Indian journal of veterinary science and animal husbandry - Volume 10,
Year: 1940
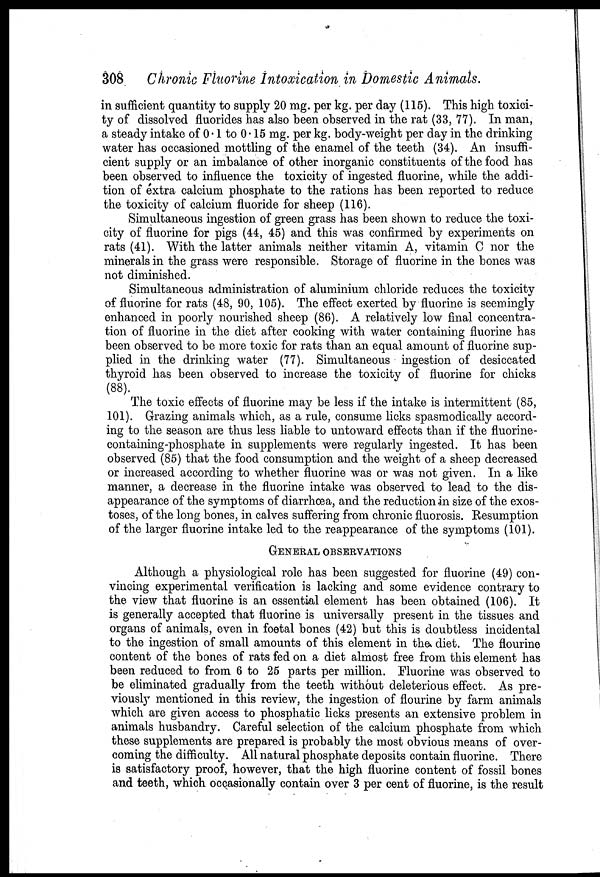
308 Chronic Fluorine Intoxication in Domestic Animals.
in sufficient quantity to supply 20 mg. per kg. per day (115). This high toxici-
ty of dissolved fluorides has also been observed in the rat (33, 77). In man,
a steady intake of 01 to 0.15 mg. per kg. body-weight per day in the drinking
water has occasioned mottling of the enamel of the teeth (34). An insuffi-
cient supply or an imbalance of other inorganic constituents of the food has
been observed to influence the toxicity of ingested fluorine, while the addi-
tion of extra calcium phosphate to the rations has been reported to reduce
the toxicity of calcium fluoride for sheep (116).
Simultaneous ingestion of green grass has been shown to reduce the toxi-
city of fluorine for pigs (44, 45) and this was confirmed by experiments on
rats (41). With the latter animals neither vitamin A, vitamin C nor the
minerals in the grass were responsible. Storage of fluorine in the bones was
not diminished.
Simultaneous administration of aluminium chloride reduces the toxicity
of fluorine for rats (48, 90, 105). The effect exerted by fluorine is seemingly
enhanced in poorly nourished sheep (86). A relatively low final concentra-
tion of fluorine in the diet after cooking with water containing fluorine has
been observed to be more toxic for rats than an equal amount of fluorine sup-
plied in the drinking water (77). Simultaneous ingestion of desiccated
thyroid has been observed to increase the toxicity of fluorine for chicks
(88).
The toxic effects of fluorine may be less if the intake is intermittent (85,
101). Grazing animals which, as a rule, consume licks spasmodically accord-
ing to the season are thus less liable to untoward effects than if the fluorine-
containing-phosphate in supplements were regularly ingested. It has been
observed (85) that the food consumption and the weight of a sheep decreased
or increased according to whether fluorine was or was not given. In a like
manner, a decrease in the fluorine intake was observed to lead to the dis-
appearance of the symptoms of diarrhœa, and the reduction in size of the exos-
toses, of the long bones, in calves suffering from chronic fluorosis. Resumption
of the larger fluorine intake led to the reappearance of the symptoms (101).
GENERAL OBSERVATIONS
Although a physiological role has been suggested for fluorine (49) con-
vincing experimental verification is lacking and some evidence contrary to
the view that fluorine is an essential element has been obtained (106). It
is generally accepted that fluorine is universally present in the tissues and
organs of animals, even in foetal bones (42) but this is doubtless incidental
to the ingestion of small amounts of this element in the diet. The flourine
content of the bones of rats fed on a diet almost free from this element has
been reduced to from 6 to 25 parts per million. Fluorine was observed to
be eliminated gradually from the teeth without deleterious effect. As pre-
viously mentioned in this review, the ingestion of flourine by farm animals
which are given access to phosphatic licks presents an extensive problem in
animals husbandry. Careful selection of the calcium phosphate from which
these supplements are prepared is probably the most obvious means of over-
coming the difficulty. All natural phosphate deposits contain fluorine. There
is satisfactory proof, however, that the high fluorine content of fossil bones
and teeth, which occasionally contain over 3 per cent of fluorine, is the result